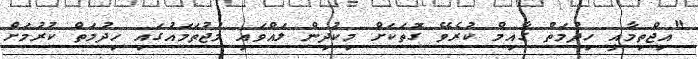
"އިޖްތިމާއީ ހިދުމަތް ގާއިމް ކުރެވޭ ގޮަތަކަށް މިކުދިން ލައްވައި މުޖުތަމައުގައި ހިދުމަތް ކުރުމަށް